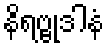
နိရဗ္ဗုဒါနံ